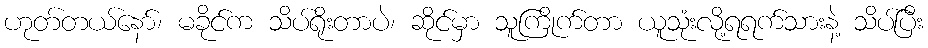
ဟုတ်တယ်နော်၊ မခိုင်က သိပ်ရိုးတာပဲ၊ ဆိုင်မှာ သူကြိုက်တာ ယူသုံးလို့ရရက်သားနဲ့ သိပ်ပြီး